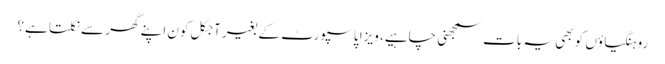
روہنگیاؤں کو بھی یہ بات سمجھنی چاہیے، ویزا پاسپورٹ کے بغیر آجکل کون اپنے گھر سے نکلتا ہے؟